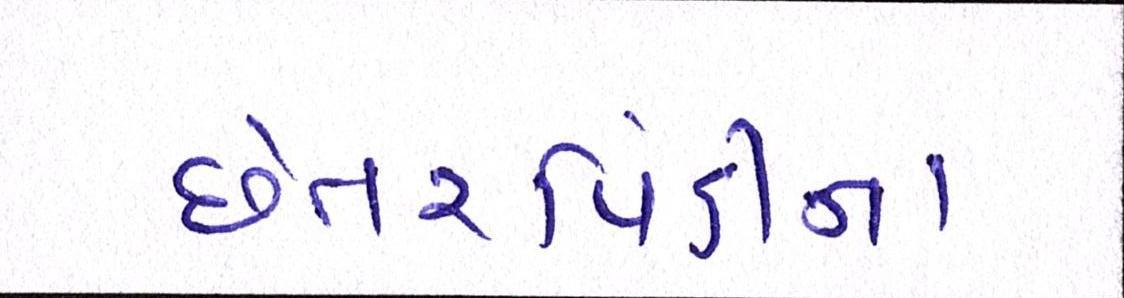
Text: છેતરપિંડીના